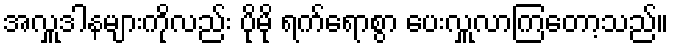
အလှူဒါနများကိုလည်း ပိုမို ရက်ရောစွာ ပေးလှူလာကြတော့သည်။